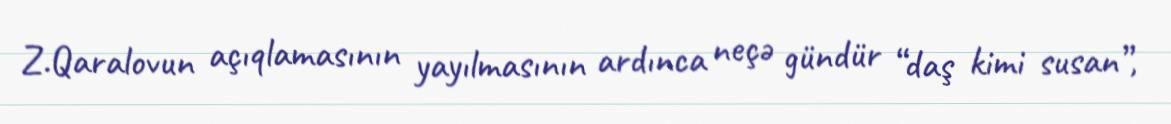
Z.Qaralovun açıqlamasının yayılmasının ardınca neçə gündür “daş kimi susan”,